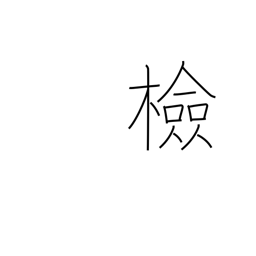
Meaning: check